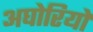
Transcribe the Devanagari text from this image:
अघोरियों